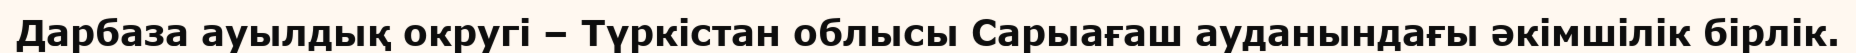
Дарбаза ауылдық округі – Түркістан облысы Сарыағаш ауданындағы әкімшілік бірлік.